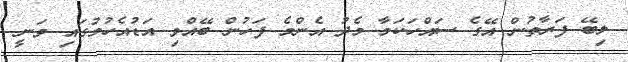
ލިބޭ ފަރާތުން އޭގެ ސައްހަކަމާ މެދު އެންމެ ފަހުން ބޭއްވި އަޑުއެހުމުގައި ވަނީ